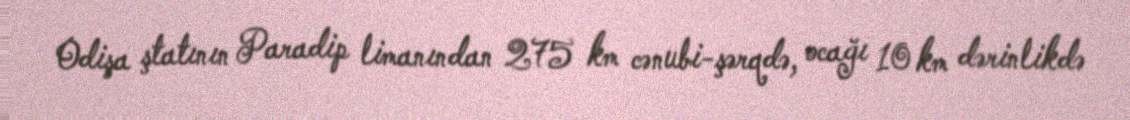
Odişa ştatının Paradip limanından 275 km cənubi-şərqdə, ocağı 10 km dərinlikdə